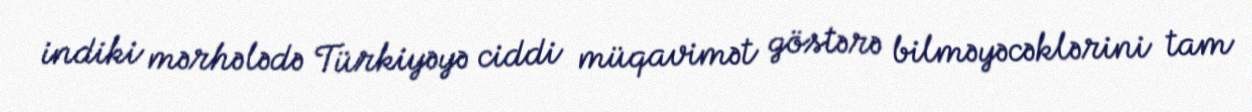
indiki mərhələdə Türkiyəyə ciddi müqavimət göstərə bilməyəcəklərini tam